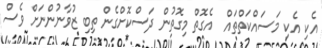
އެކި އެކި މަސައްކަތްތައް  އެގޮތް މިގޮތުން ދަސްކޮށްގެން ތިބި ޒުވާނުންނަށް ވެސް